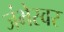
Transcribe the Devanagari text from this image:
जंभेस्वर